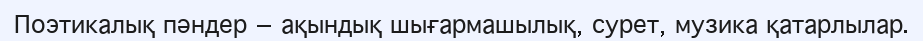
Поэтикалық пәндер — ақындық шығармашылық, сурет, музика қатарлылар.